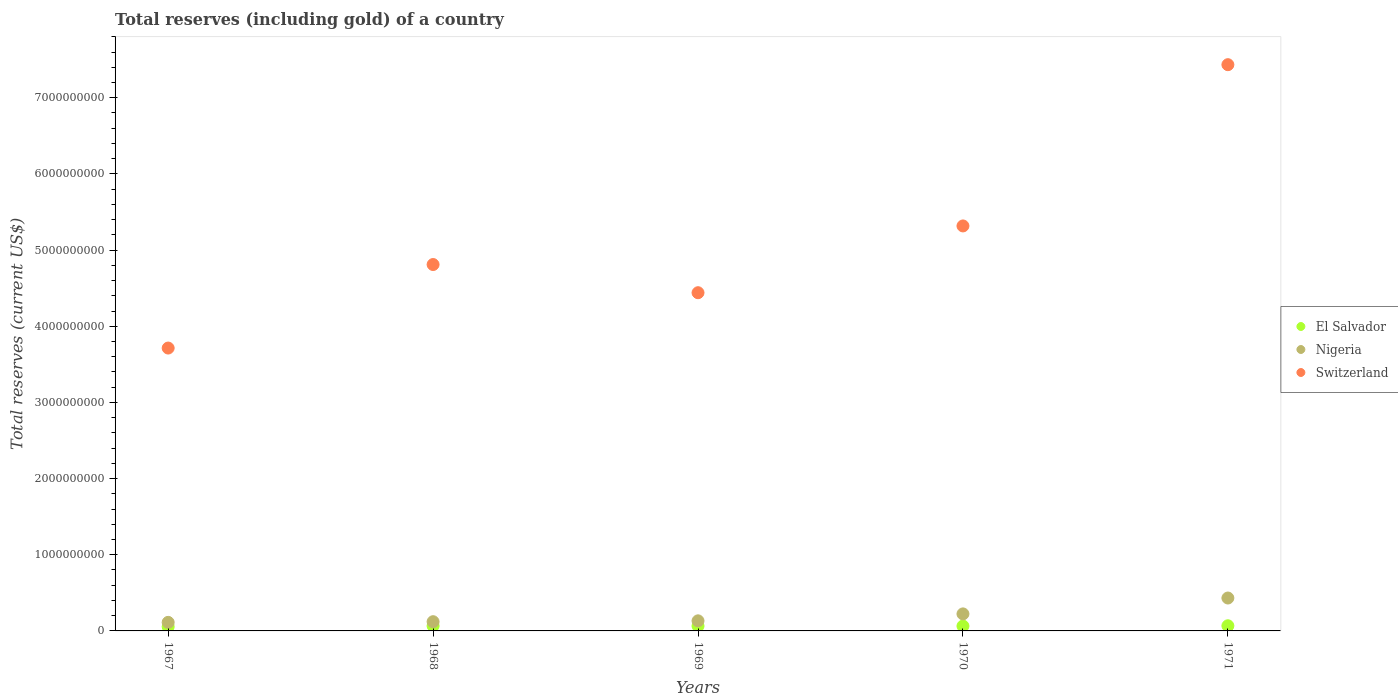
| Years | El Salvador | Nigeria | Switzerland |
 | --- | --- | --- | --- |
 | 1967 | 5.49e+07 | 1.12e+08 | 3.71e+09 |
 | 1968 | 6.54e+07 | 1.21e+08 | 4.81e+09 |
 | 1969 | 6.39e+07 | 1.32e+08 | 4.44e+09 |
 | 1970 | 6.39e+07 | 2.23e+08 | 5.32e+09 |
 | 1971 | 6.76e+07 | 4.32e+08 | 7.43e+09 |